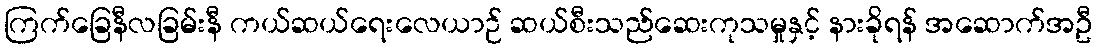
ကြက်ခြေနီလခြမ်းနီ ကယ်ဆယ်ရေးလေယာဉ် ဆယ်စီးသည်ဆေးကုသမှုနှင့် နားခိုရန် အဆောက်အဦ